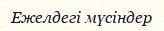
Ежелдегі мүсіндер